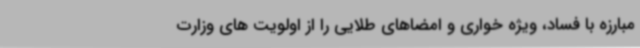
مبارزه با فساد، ویژه خواری و امضاهای طلایی را از اولویت های وزارت